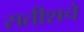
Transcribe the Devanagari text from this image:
सतीशचे